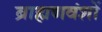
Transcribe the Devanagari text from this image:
ब्राह्मणवंशों